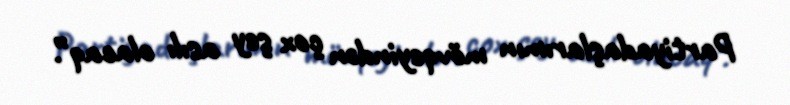
Partiyadaşlarımın mövqeyindən çox şey asılı olacaq”.